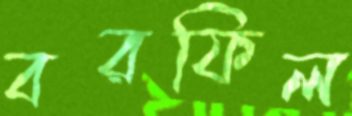
বরফিল